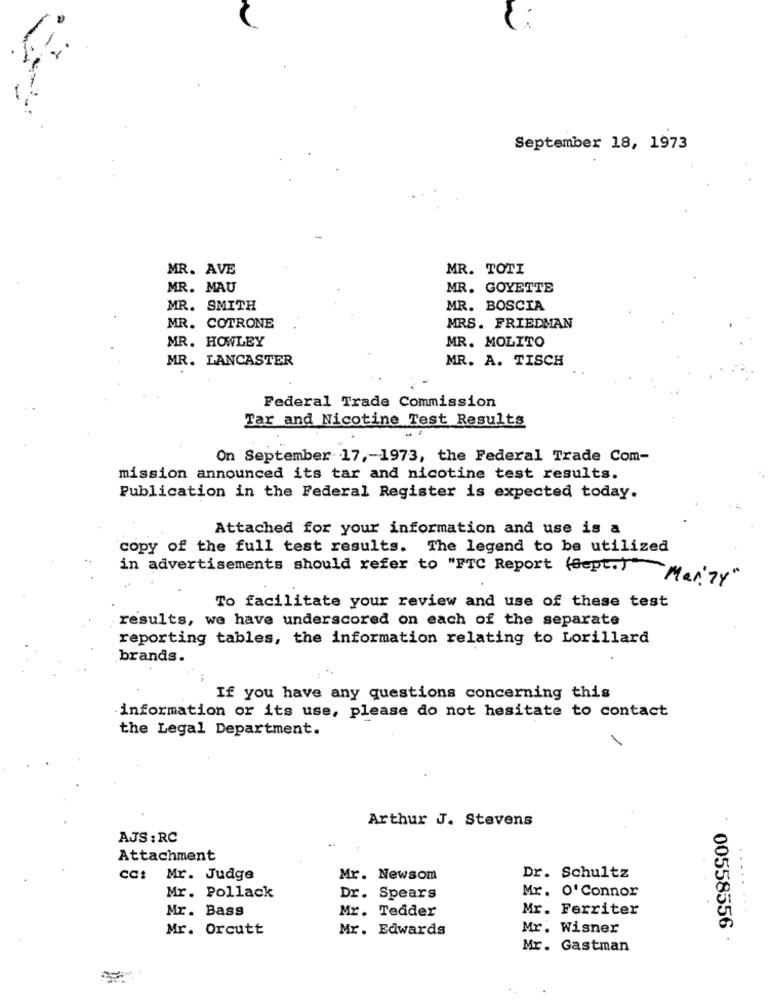
September 18, 1973
MR. AVE
MR. TOTI
MR. MAU
MR. GOYETTE
MR. SMITH
MR. BOSCIA
MR. COTRONE
MRS. FRIEDMAN
MR. HOWLEY
MR. MOLITO
MR. LANCASTER
MR. A. TISCH
Federal Trade Commission
Tar and Nicotine Test Results
On September 17 ,- 1973, the Federal Trade Com-
mission announced its tar and nicotine test results.
Publication in the Federal Register is expected today.
Attached for your information and use is a
copy of the full test results. The legend to be utilized
in advertisements should refer to "FTC Report (Sept.)"
Mar. 74"
To facilitate your review and use of these test
results, we have underscored on each of the separate
reporting tables, the information relating to Lorillard
brands.
If you have any questions concerning this
information or its use, please do not hesitate to contact
the Legal Department.
Arthur J. Stevens
AJS : RC
Attachment
CC: Mr. Judge
Mr. Newsom
Dr. Schultz
Mr. O' Connor
..
Mr. Pollack
Dr. Spears
Mr. Bass
Mr. Tedder
Mr. Ferriter
Mr. Orcutt
Mr. Edwards
Mr. Wisner
: 00558556
Mr. Gastman